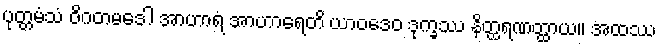
ပုတ္တမံသံ ဝိဂတမဒေါ အာဟာရံ အာဟာရေတိ ယာဝဒေဝ ဒုက္ခဿ နိတ္ထရဏတ္ထာယ။ အထဿ